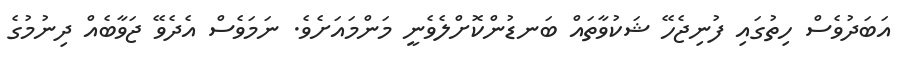
އަބަދުވެސް ހިތުގައި ފުނިޖެހޭ ޝަކުވާތައް ބަނޑުންކޮށްލެވެނީ މަންމައަށެވެ. ނަމަވެސް އެދެވޭ ޖަވާބެއް ދިނުމުގެ